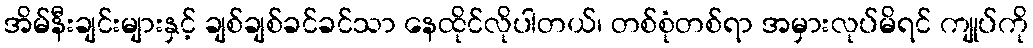
အိမ်နီးချင်းများနှင့် ချစ်ချစ်ခင်ခင်သာ နေထိုင်လိုပါတယ်၊ တစ်စုံတစ်ရာ အမှားလုပ်မိရင် ကျုပ်ကို